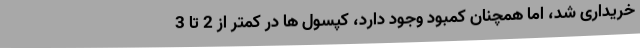
خریداری شد، اما همچنان کمبود وجود دارد، کپسول ها در کمتر از 2 تا 3